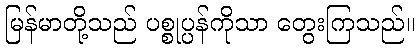
မြန်မာတို့သည် ပစ္စုပ္ပန်ကိုသာ တွေးကြသည်။